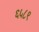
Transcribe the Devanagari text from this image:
६५८९